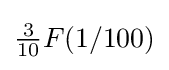
{\tfrac {3}{10}}F(1/100)